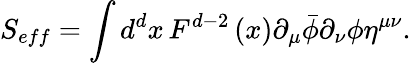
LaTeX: S_{eff}=\int d^{d}x\, F^{d-2}\left(x\right)\partial_{\mu}\bar{\phi}\partial_{\nu}\phi\eta^{\mu\nu}.